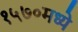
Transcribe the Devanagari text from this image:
१५७०मध्ये